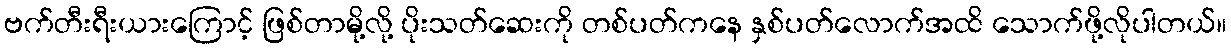
ဗက်တီးရီးယားကြောင့် ဖြစ်တာမို့လို့ ပိုးသတ်ဆေးကို တစ်ပတ်ကနေ နှစ်ပတ်လောက်အထိ သောက်ဖို့လိုပါတယ်။